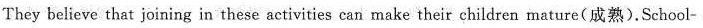
They believe that joining in these activities can make their children mature(成熟).School-